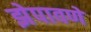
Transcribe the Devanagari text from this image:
झेपावणे